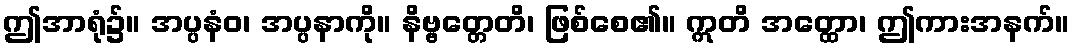
ဤအာရုံ၌။ အပ္ပနံဝ၊ အပ္ပနာကို။ နိဗ္ဗတ္တေတိ၊ ဖြစ်စေ၏။ ဣတိ အတ္ထော၊ ဤကားအနက်။